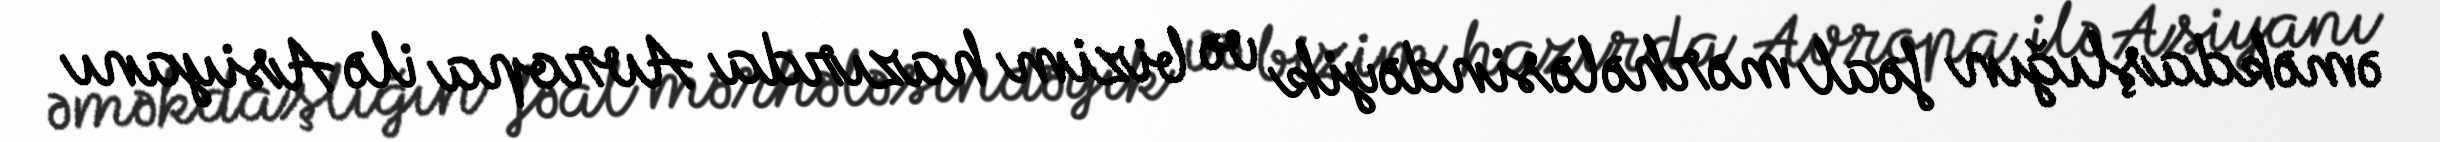
əməkdaşlığın fəal mərhələsindəyik və bizim hazırda Avropa ilə Asiyanı